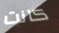
كانت